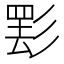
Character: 𱝤